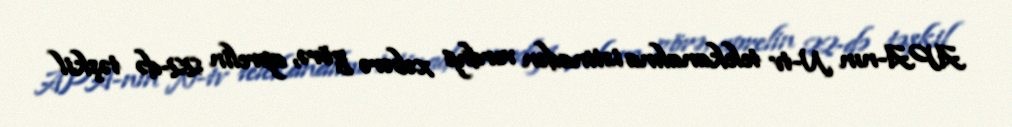
APA-nın N-tv telekanalına istinadən verdiyi xəbərə görə, aprelin 22-də təşkil